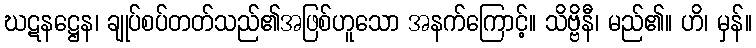
ဃဋနဋ္ဌေန၊ ချုပ်စပ်တတ်သည်၏အဖြစ်ဟူသော အနက်ကြောင့်။ သိဗ္ဗိနီ၊ မည်၏။ ဟိ၊ မှန်။